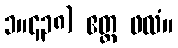
၁။၄၃၈) ဧတ္ထ ဖလံ။